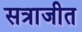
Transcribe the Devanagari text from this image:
सत्राजीत